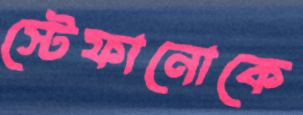
স্টেফানোকে